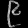
Digit: ၉